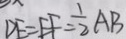
D F = E F = \frac { 1 } { 2 } A B